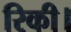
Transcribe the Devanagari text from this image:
रिकी।